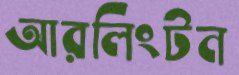
আরলিংটন